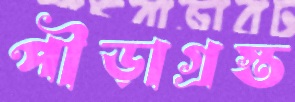
পীড়াগ্রস্ত